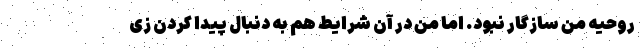
روحیه من سازگار نبود. اما من در آن شرایط هم به دنبال پیدا کردن زی